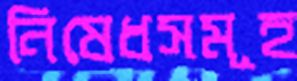
নিষেধসমূহ